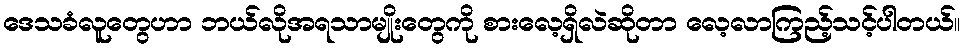
ဒေသခံလူတွေဟာ ဘယ်လိုအရသာမျိုးတွေကို စားလေ့ရှိလဲဆိုတာ လေ့လာကြည့်သင့်ပါတယ်။